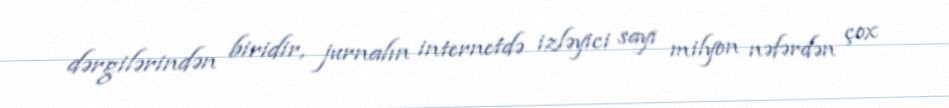
dərgilərindən biridir, jurnalın internetdə izləyici sayı milyon nəfərdən çox